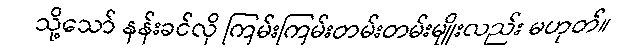
သို့သော် နန်းခင်လို ကြမ်းကြမ်းတမ်းတမ်းမျိုးလည်း မဟုတ်။